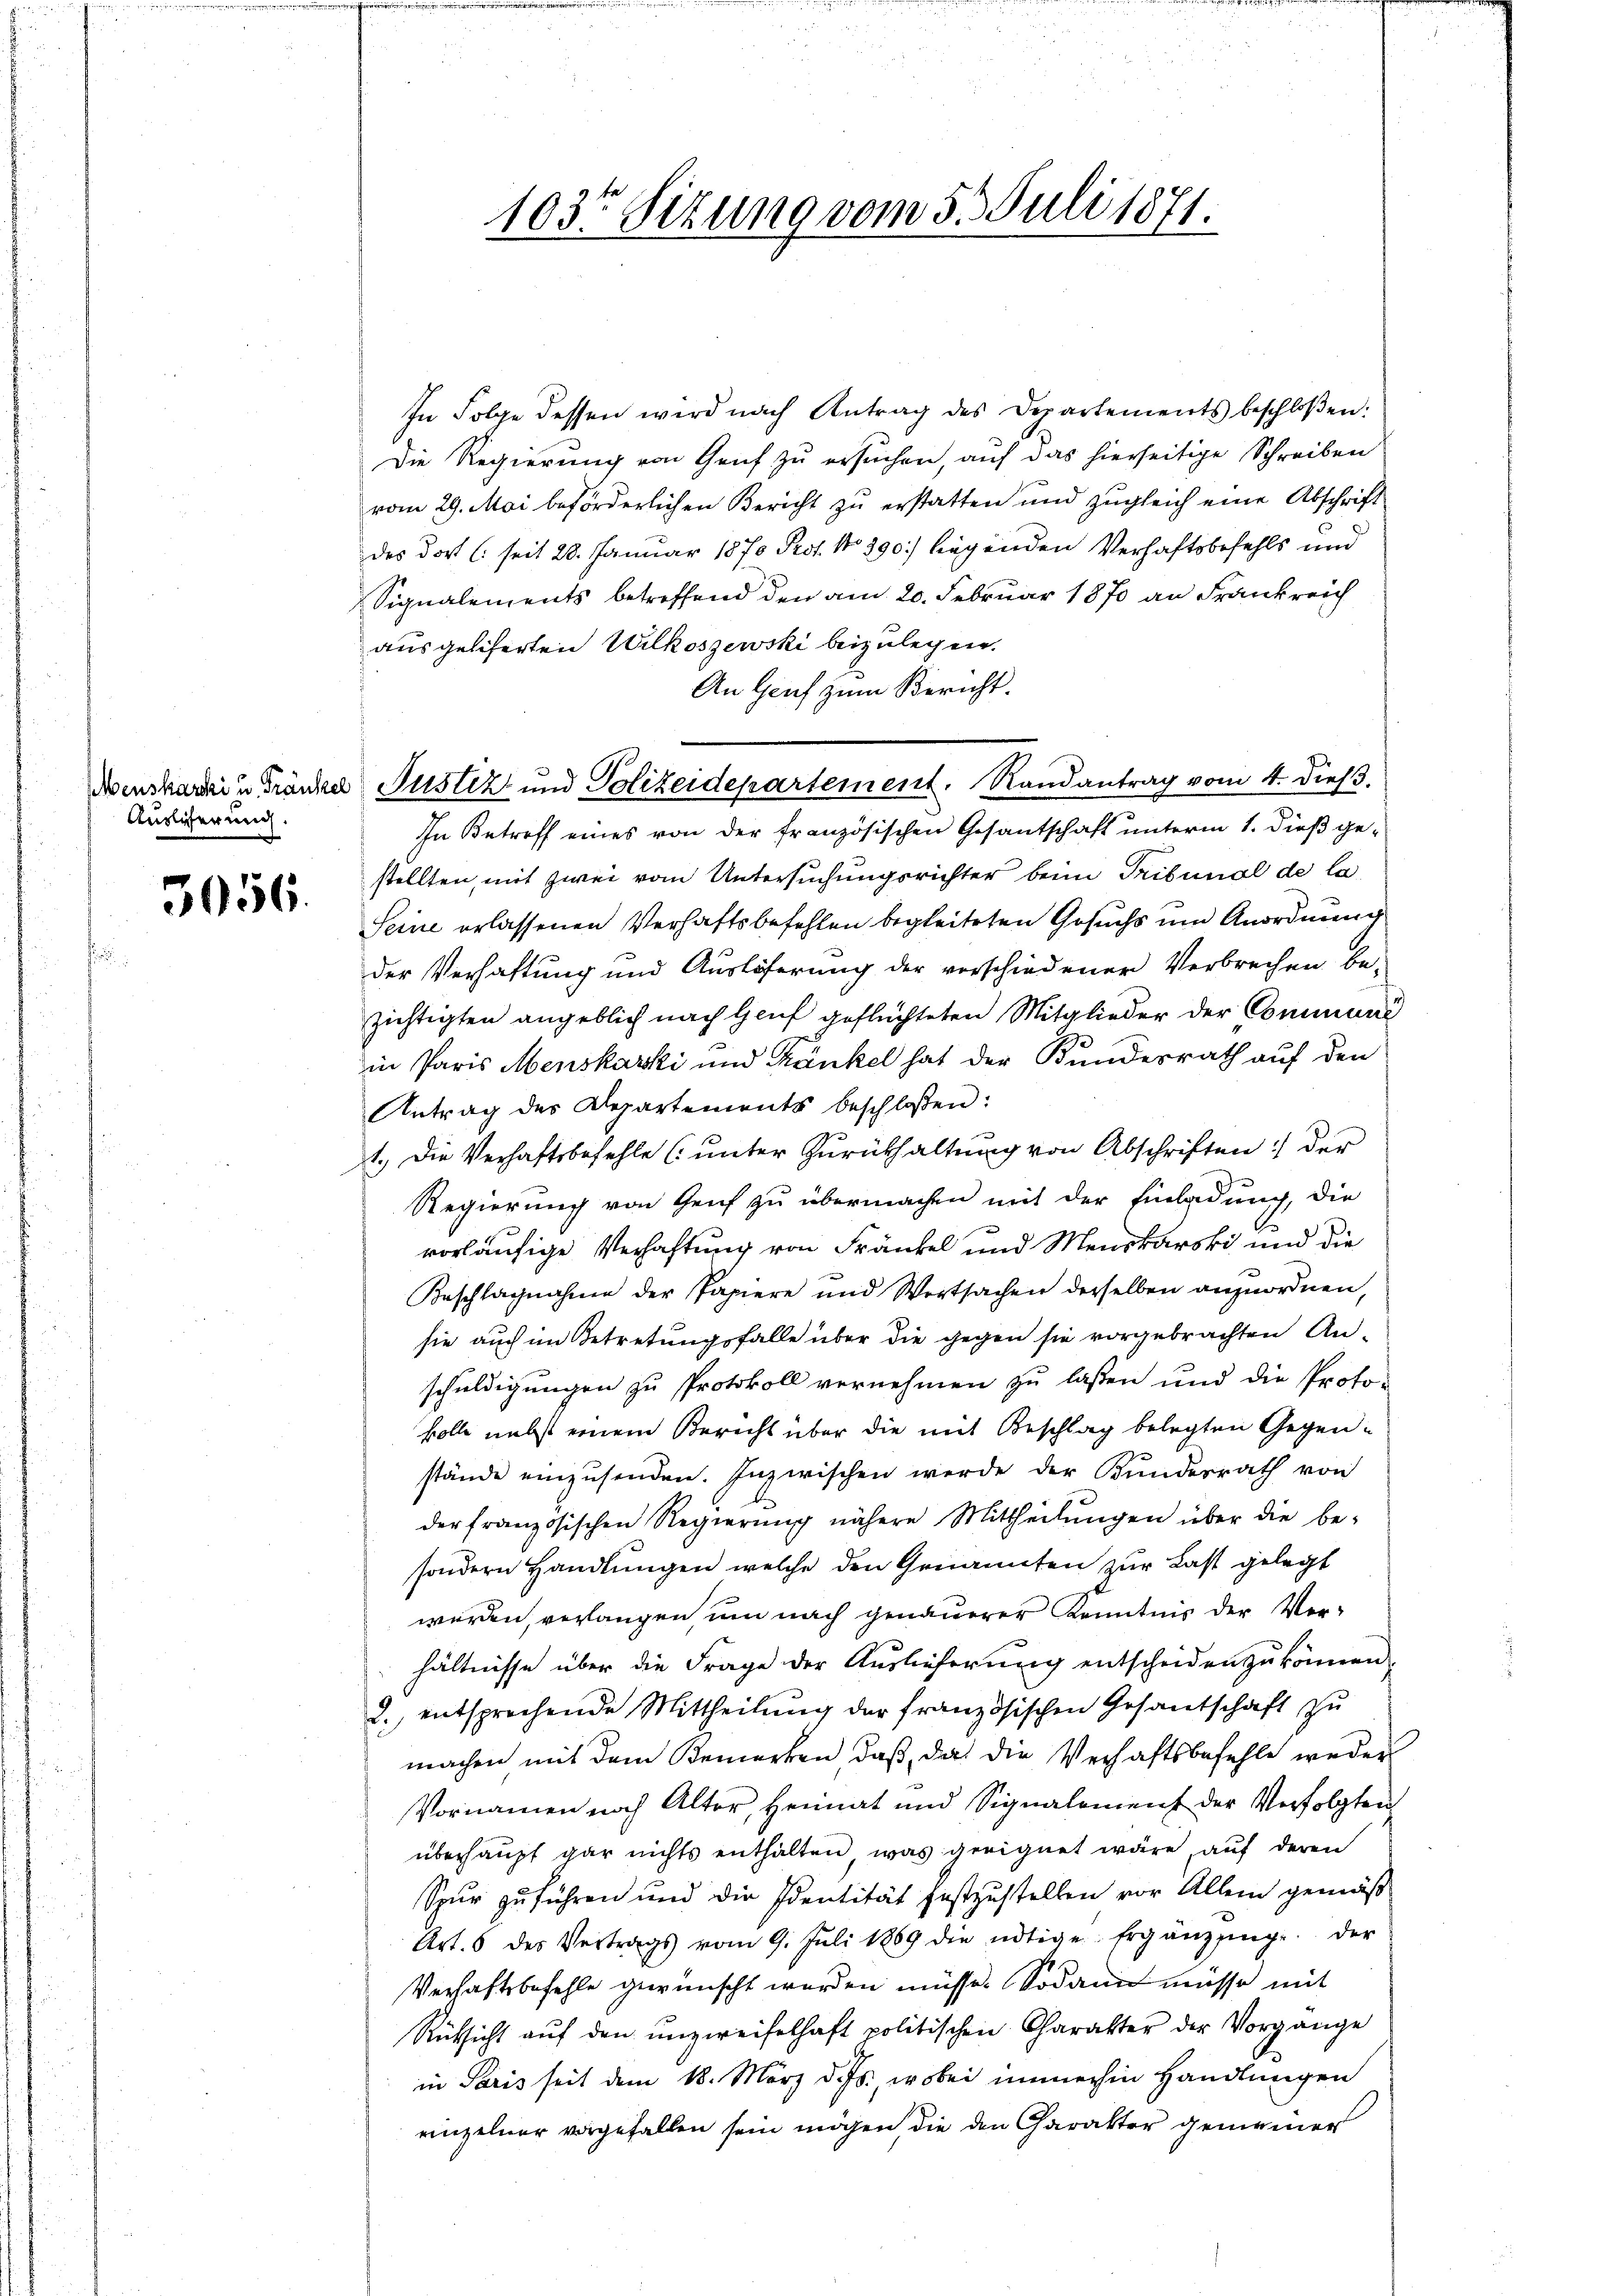
MMenskarski u. Tränkel
Auslicherung

3956.

103r Sitzung vom 5. Juli 1871.

In Folge dessen wird nach Antrag des Departements beschloßen:
Die Regierung von Genf zu ersuchen, auf das hierseitige Schreiben
vom 29. Mai beförderlichen Bericht zu erstatten und zugleich eine Abschrift
des dort (seit 28. Januar 1870 Prof. No 390. liegenden Verhaftsbefehls und
Signalements betreffend den am 20. Februar 1870 an Frankreich
ausgeliferten Wilkoszewski beizulegen.
An Genf zum Bericht.
Justiz und Polizeidepartement. Randantrag vom 4. dieß.
In Betreff eines von der französischen Gesantschaft unterm 1. dieß gestellten, mit zwei vom Untersuchungsrichter beim Tribunal de la
Seine erlassenen Verhaftsbefehlen begleiteten Gesuchs um Anordnung
der Verhaftung und Auslöserung der verschiedener Verbrechen be-
zichtigten angeblich nach Genf geflüchteten Mitglieder der Commune
in Paris Menskaski und Kränkel hat der Bundesrath auf den
Antrag der Departements beschloßen:
1.) Die Verhaftsbefehle (unter Zurückhaltung von Abschriften der
Regierung von Genf zu übermachen mit der Einladung, die
vorläufige Verhaftung von Fränkel und Menskarski und die
Beschlagnahme der Papiere und Wertsachen derselben anzuordnen,
sie auch im Betretungsfalle über die gegen sie vorgebrachten Anschuldigungen zu Protokoll vernehmen zu lassen und die Protokolle nebst einem Bericht über die mit Beschlag belegten Gegenstände einzŭsenden. Inzwischen werde der Kundesrath von
der französischen Regierŭng nähere Mittheilŭngen über die be-
sondern Handlungen welche den Genannten zur Last gelegt
werden, verlangen um nach genauerer Kenntnis der Ver-
hältnisse über die Frage der Auslieferung entscheiden zu können.
2., entsprechende Mittheilung der französischen Gesantschaft zu
machen mit dem Bemerken, daß, das die Verhaftsbefehle weder
Vornamen noch Alter, Heimat und Signalement der Verfolgten
überhaupt gar nichts enthalten, was geeignet wäre, auf deren
Spur zuführen und die Identität festzustellen vor Allem gemäß
Art. 8 des Vertrags vom 9. Juli 1869 die nötige Ergänzŭng der
Verhaftsbefehle gewünscht werden müsse. Sodann müsse mit
Rücksicht aŭf den unzweifelhaft politischen Charakter der Vorgange
in Paris seit dem 18. März d. Js., wobei immerhin Handlungen
einzelner vorgefallen sein mögen die den Charakter gemeiner